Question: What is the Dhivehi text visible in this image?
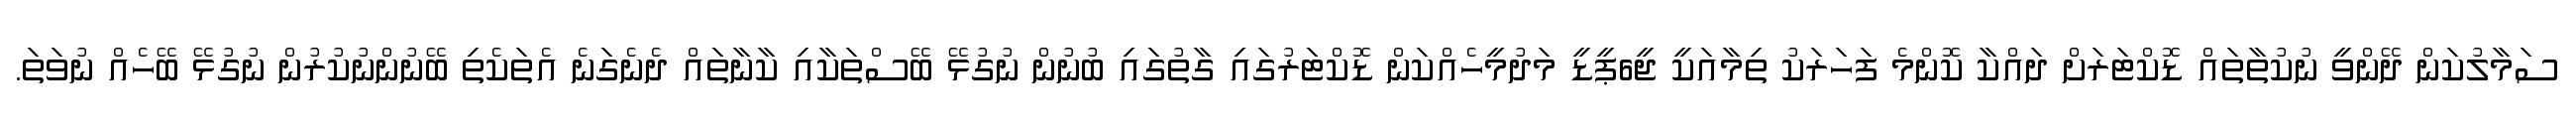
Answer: ސަމާލުކަން ދޭންވީ ނުކުތާތައް ޑޮކްޓަރަށް ދައްކާ ކޮންމެ ފަހަރަކު ތިމާއަކީ ޖީ6ޕީޑީ މަދުމީހެއްކަން ޑޮކްޓަރުގައި ގާތުގައި ބުނުން ނުގުޅޭ ބޭސްތަކާއި ކާނާތައް ދެނެގަނެ އެތަކެތި ބޭނުންނުކުރުން ނުގުޅޭ ބޭހެއް ނުވަތަ.